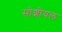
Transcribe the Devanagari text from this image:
सोशीयल